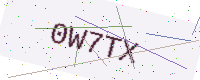
Text: 0W7TX